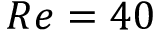
R e = 4 0